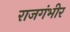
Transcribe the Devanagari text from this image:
राजगंभीर